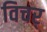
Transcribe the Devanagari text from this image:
विचर्